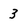
Character: 3